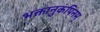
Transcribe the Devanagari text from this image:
भक्तानुकंपिनम्